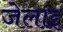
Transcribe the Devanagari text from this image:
जेलाइ